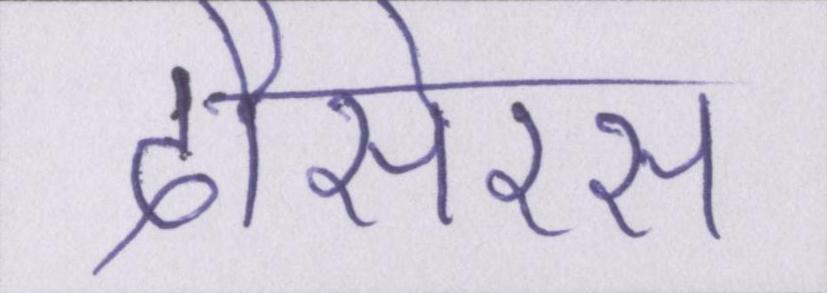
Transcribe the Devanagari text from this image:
दौसेरस